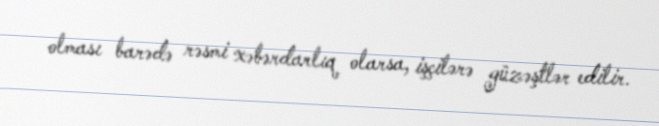
olması barədə rəsmi xəbərdarlıq olarsa, işçilərə güzəştlər edilir.